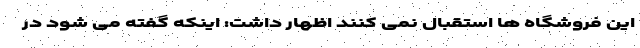
این فروشگاه ها استقبال نمی کنند اظهار داشت: اینکه گفته می شود در